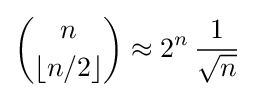
{n \choose \lfloor {n/2}\rfloor }\approx 2^{n}\,{\frac {1}{\sqrt {n}}}